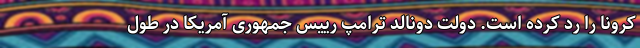
کرونا را رد کرده است. دولت دونالد ترامپ رییس جمهوری آمریکا در طول